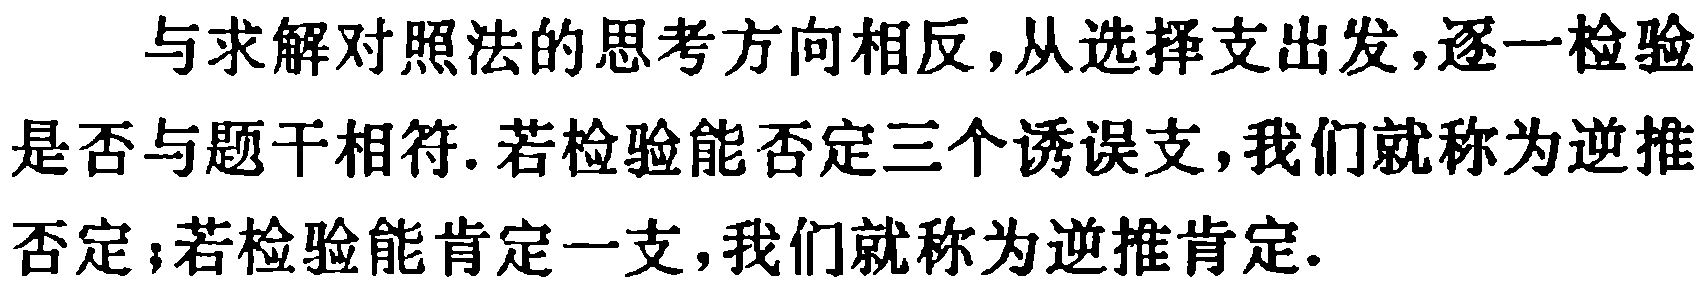
与求解对照法的思考方向相反，从选择支出发，逐一检验是否与题干相符. 若检验能否定三个诱误支，我们就称为逆推否定；若检验能肯定一支，我们就称为逆推肯定.